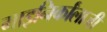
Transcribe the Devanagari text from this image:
गाइनिर्कांलाजी